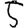
Digit: 5